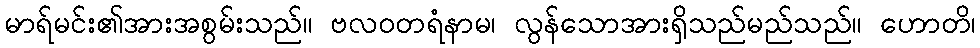
မာရ်မင်း၏အားအစွမ်းသည်။ ဗလဝတရံနာမ၊ လွန်သောအားရှိသည်မည်သည်။ ဟောတိ၊